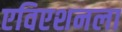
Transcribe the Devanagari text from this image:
एविएशनला